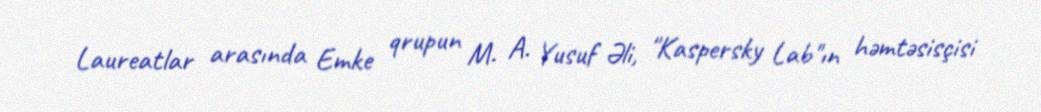
Laureatlar arasında Emke qrupun M. A. Yusuf Əli, "Kaspersky Lab"ın həmtəsisçisi